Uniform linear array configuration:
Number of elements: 32
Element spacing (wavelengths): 0.75
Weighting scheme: exponential
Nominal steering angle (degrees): -30
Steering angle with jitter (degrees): -31.297
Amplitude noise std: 0.05
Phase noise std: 0.05

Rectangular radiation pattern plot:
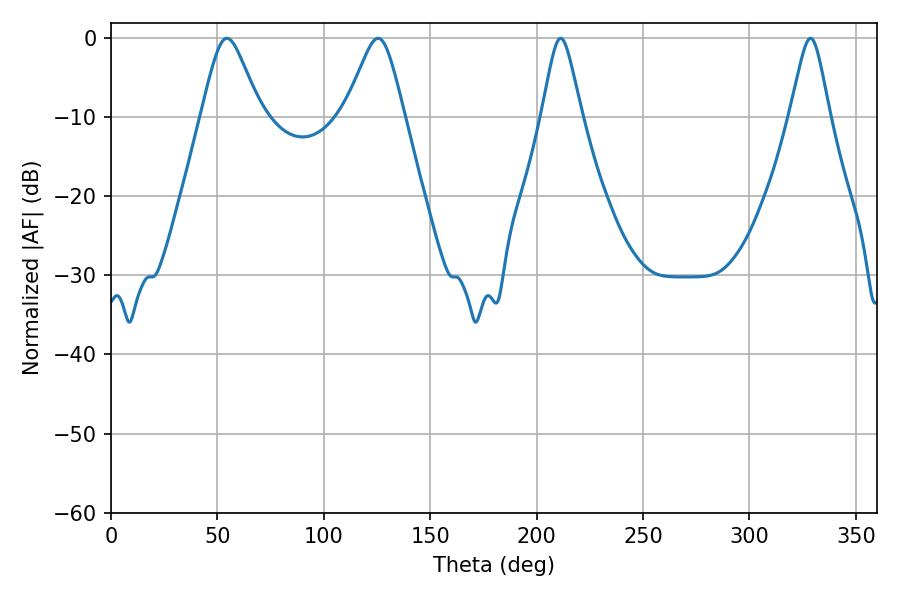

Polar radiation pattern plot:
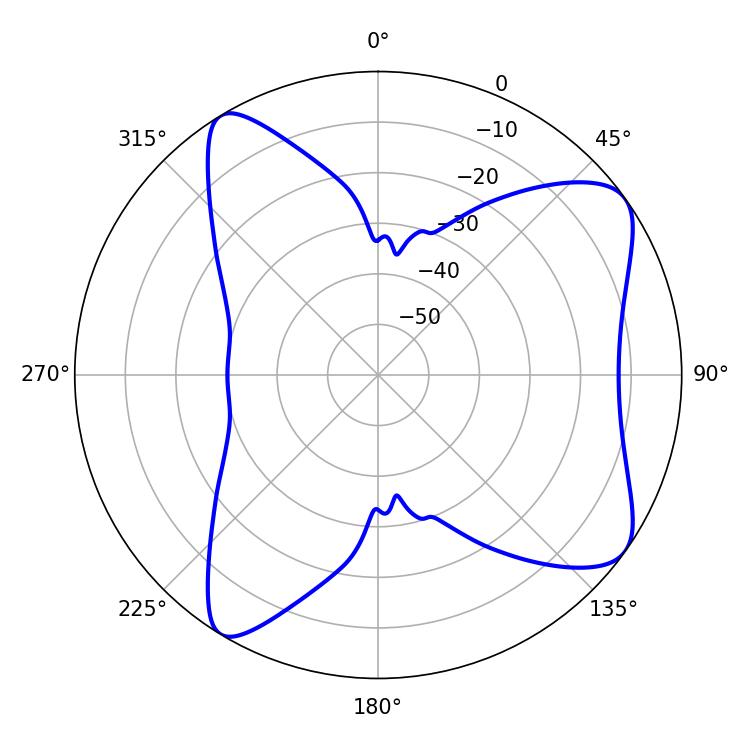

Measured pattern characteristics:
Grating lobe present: TRUE
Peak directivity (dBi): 8.342
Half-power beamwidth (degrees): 8.82
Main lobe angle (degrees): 211.32